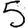
Digit: 5